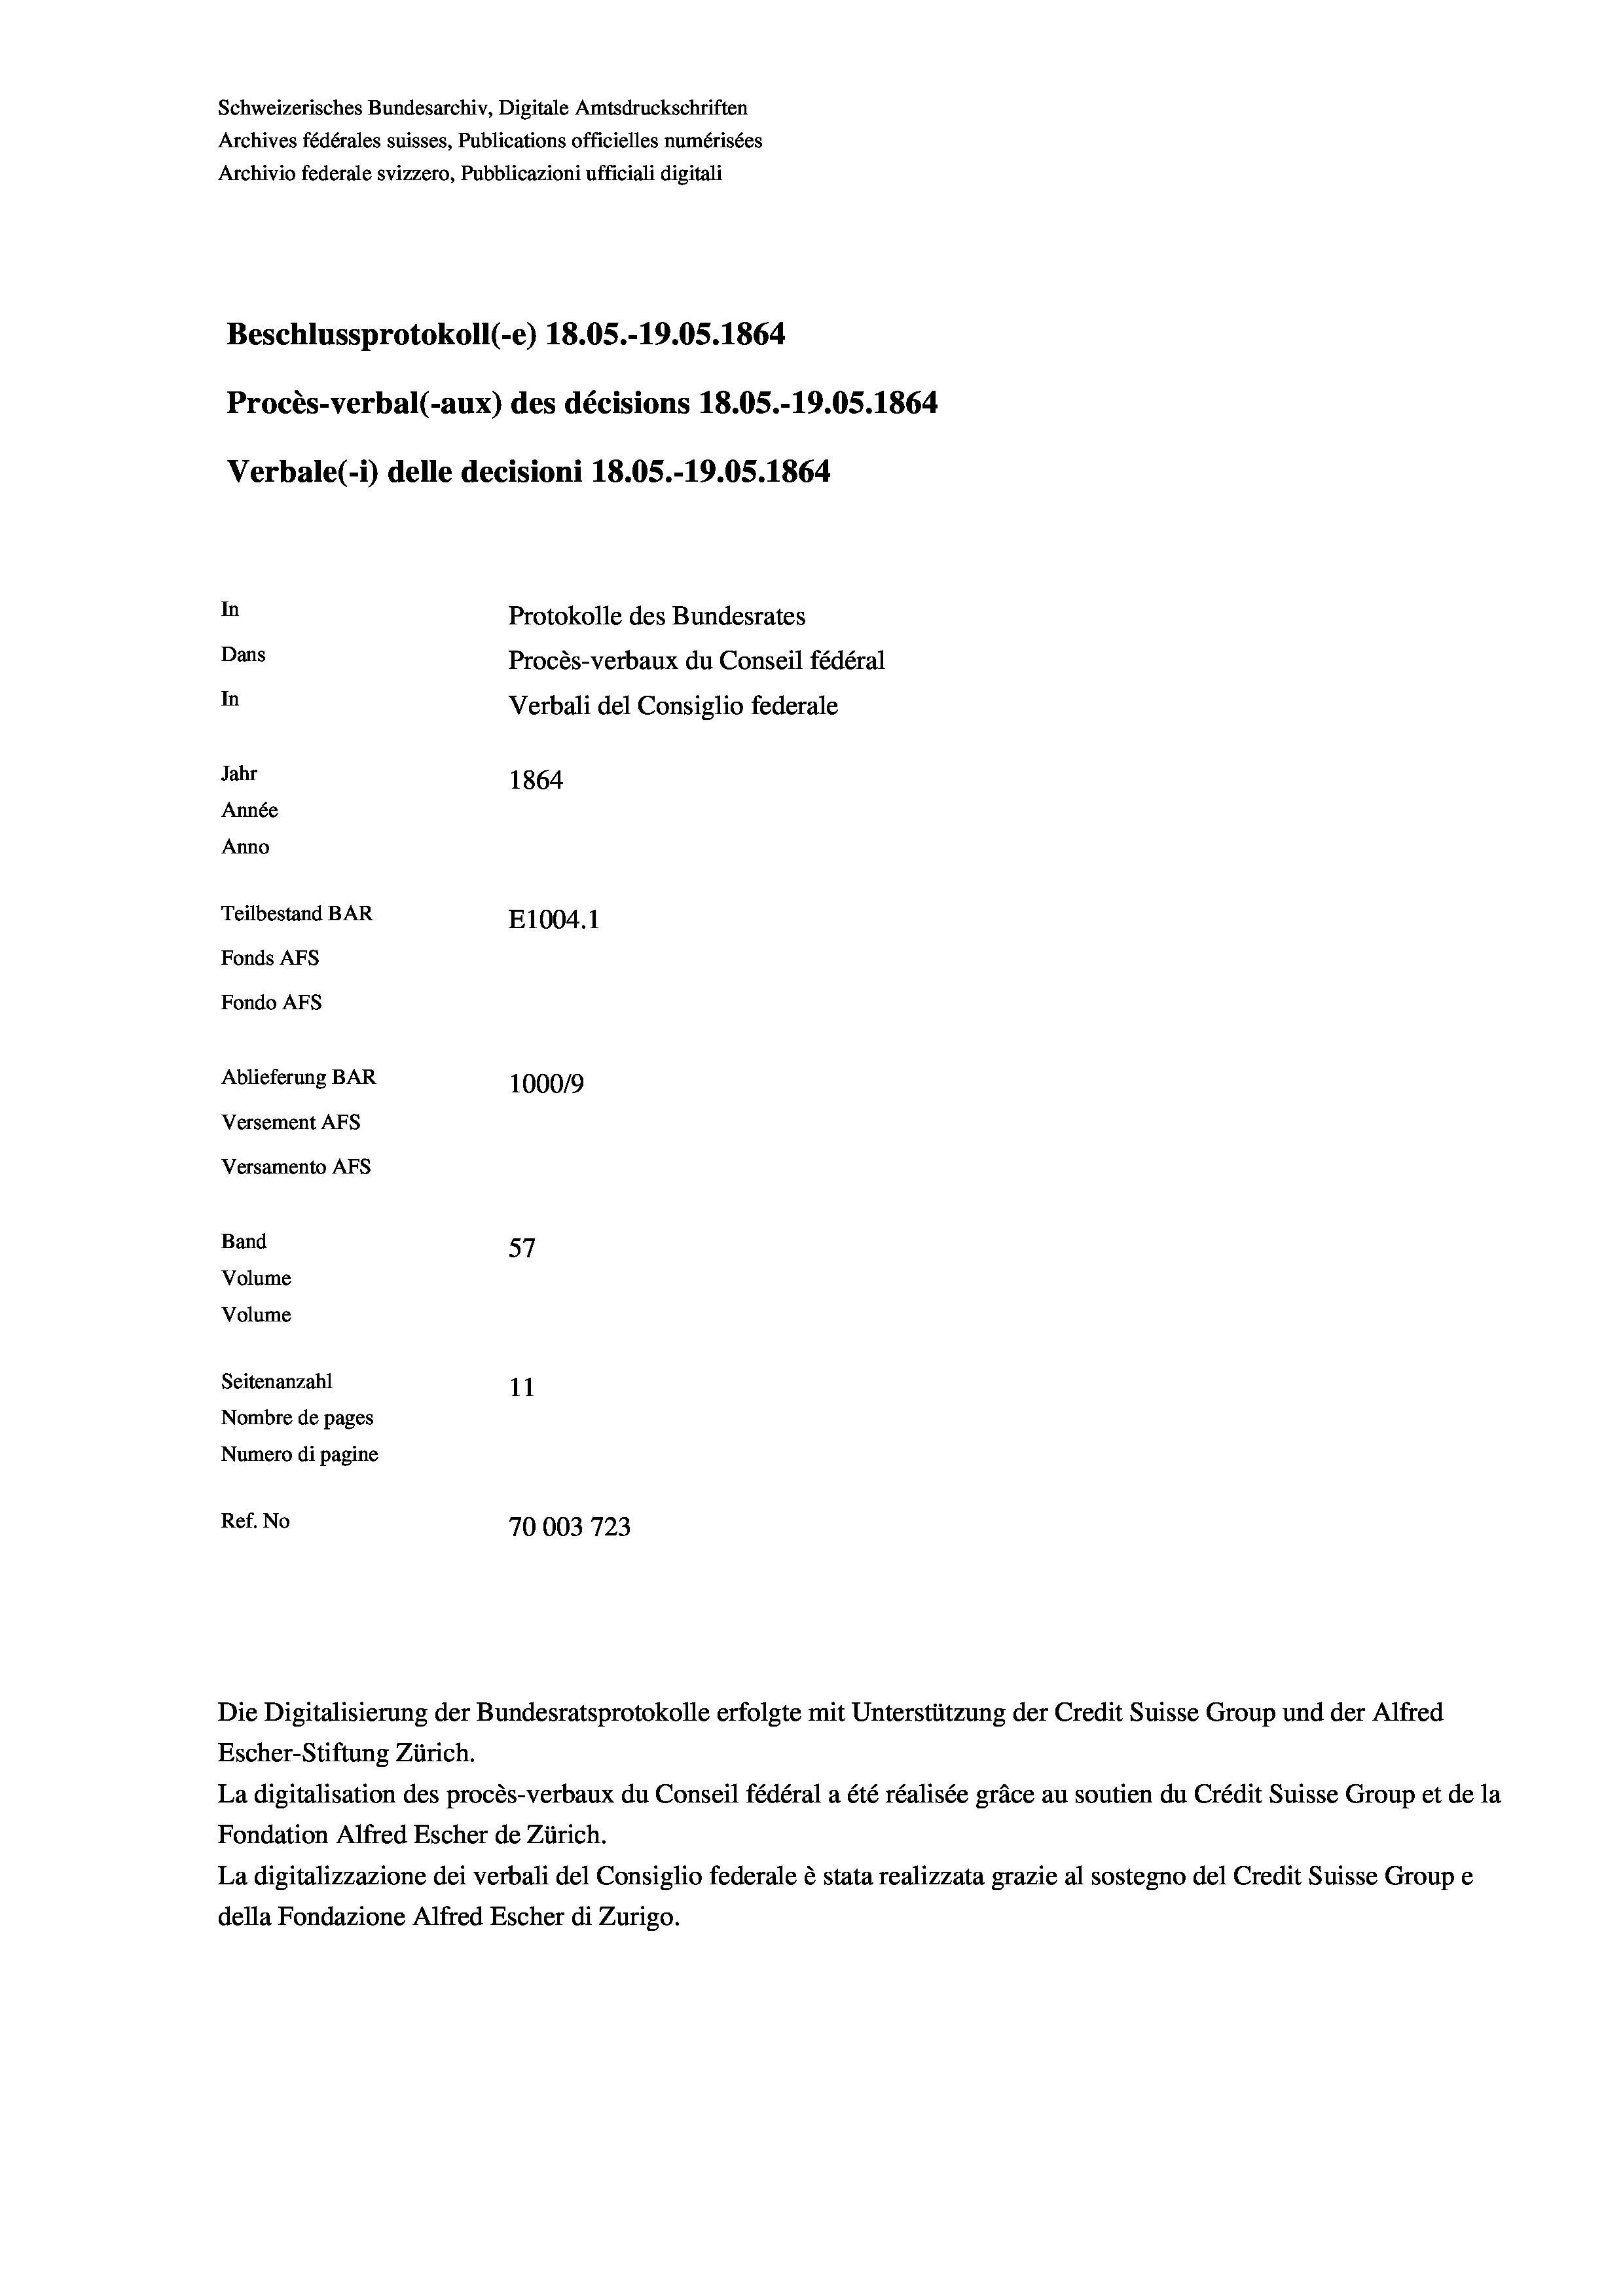
Schweizerisches Bundesarchiv, Digitale Amtsdruckschriften
Archives fédérales suisses, Publications officielles numérisées
Archivio federale svizzero, Pubblicazioni ufficiali digitali
Beschlussprotokoll (-e) 18.05.-19.05. 1864
Procès-verbal (-aux) des décisions 18.05.-19.05. 1864
Verbale(-*) delle decisioni 18.05.-19.05. 1864
In
Protokolle des Bundesrates
Dans
Procès-verbaux du Conseil fédéral
In
Verbali del Consiglio federale
Jahr
1864
Année
Anno
Teilbestand BAR
E1004.1
Fonds AFs
Fondo Afs
Ablieferung BAR
100019
Versement AFs
Versamento AFs
f
Band
57
Volume
Volume
Seitenanzahl
11
Nombre de pages
Numero di pagine
Ref. No
70003723

La digitalisation des procès-verbaux du Conseil fédéral a été réalisée gräce au soutien du Crédit Suisse Group et de la
Fondation Alfred Escher de Zürich.
La digitalizzazione dei verbali del Consiglio federale è stata realizzata grazie al sostegno del Credit Suisse Groupe
della Fondazione Alfred Escher di Zurigo.

Die Digitalisierung der Bundesratsprotokolle erfolgte mit Unterstützung der Credit Suisse Group und der Alfred
Escher-Stiftung Zürich.